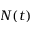
N ( t )